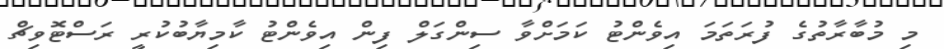
މި މުބާރާތުގެ ފުރަތަމަ އިވެންޓު ކަމަށްވާ ސިންގަލް ފިން އިވެންޓު ކާމިޔާބުކުރީ ރަސްޓޮވިޗް